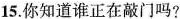
15.你知道谁正在敲门吗?